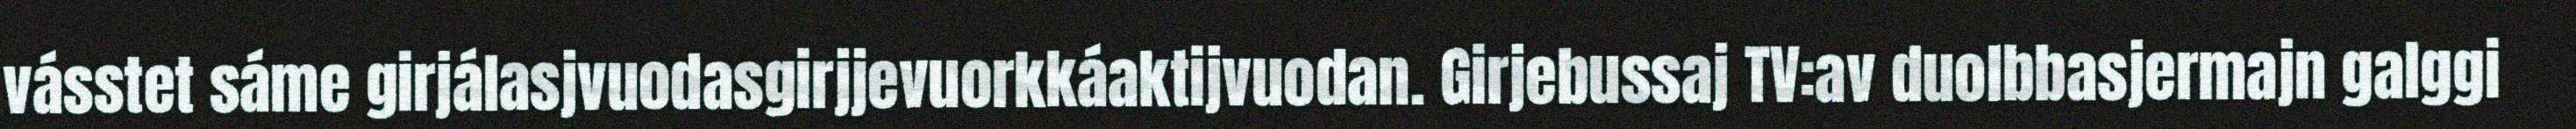
vásstet sáme girjálasjvuodasgirjjevuorkkáaktijvuodan. Girjebussaj TV:av duolbbasjermajn galggi